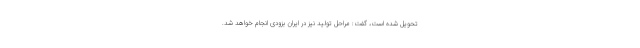
تحویل شده است، گفت: مراحل تولید نیز در ایران بزودی انجام خواهد شد.